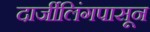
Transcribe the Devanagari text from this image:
दार्जीलिंगपासून